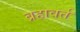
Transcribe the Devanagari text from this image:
ब्रहावर्त